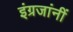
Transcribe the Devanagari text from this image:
इंग्रजांनीं